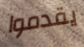
يقدموا